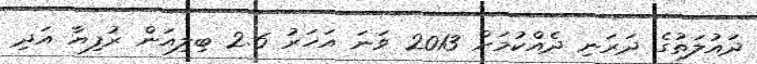
ދައުލަތުގެ ދަރަނި ދެއްކުމަށް 2013 ވަނަ އަހަރު 2.6 ބިލިއަން ރުފިޔާ އަދި